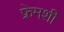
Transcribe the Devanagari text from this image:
फ्रेमशी